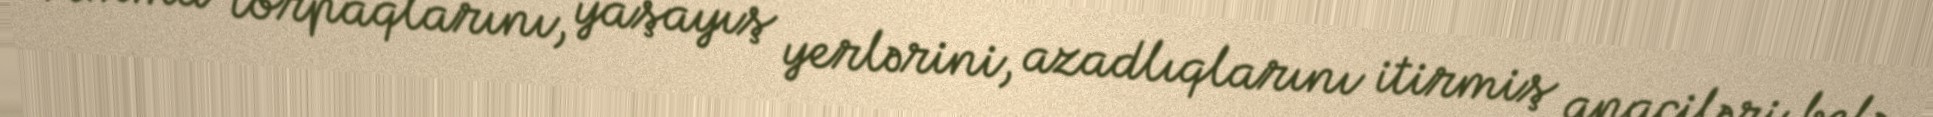
Amma torpaqlarını, yaşayış yerlərini, azadlıqlarını itirmiş apaçiləri belə